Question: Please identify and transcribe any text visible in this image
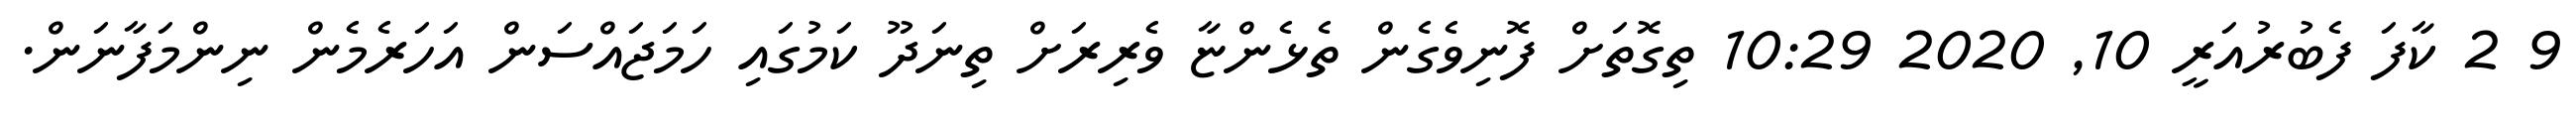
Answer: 9 2 ކާފަ ފެބުރުއަރީ 10, 2020 10:29 ތިގޮތަށް ފޮނިވެގެން ތެޅެންޏާ ވެރިރަށް ތިނަދޫ ކަމުގައި ހަމަޖައްސަން އަހަރެމެން ނިންމަފާނަން.